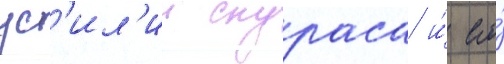
ус'ил'ии скураса и́ его́